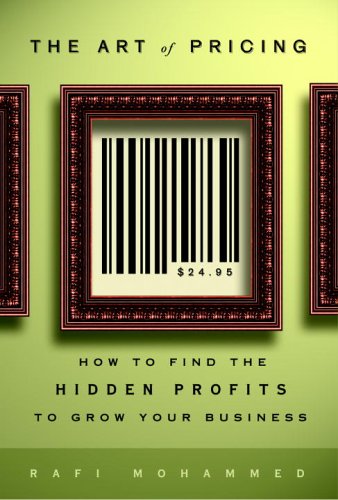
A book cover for The Art of Pricing: How to Find the Hidden Profits to Grow Your Business; Rafi Mohammed; Business & Money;